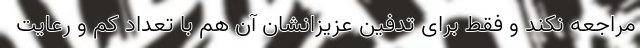
مراجعه نکند و فقط برای تدفین عزیزانشان آن هم با تعداد کم و رعایت